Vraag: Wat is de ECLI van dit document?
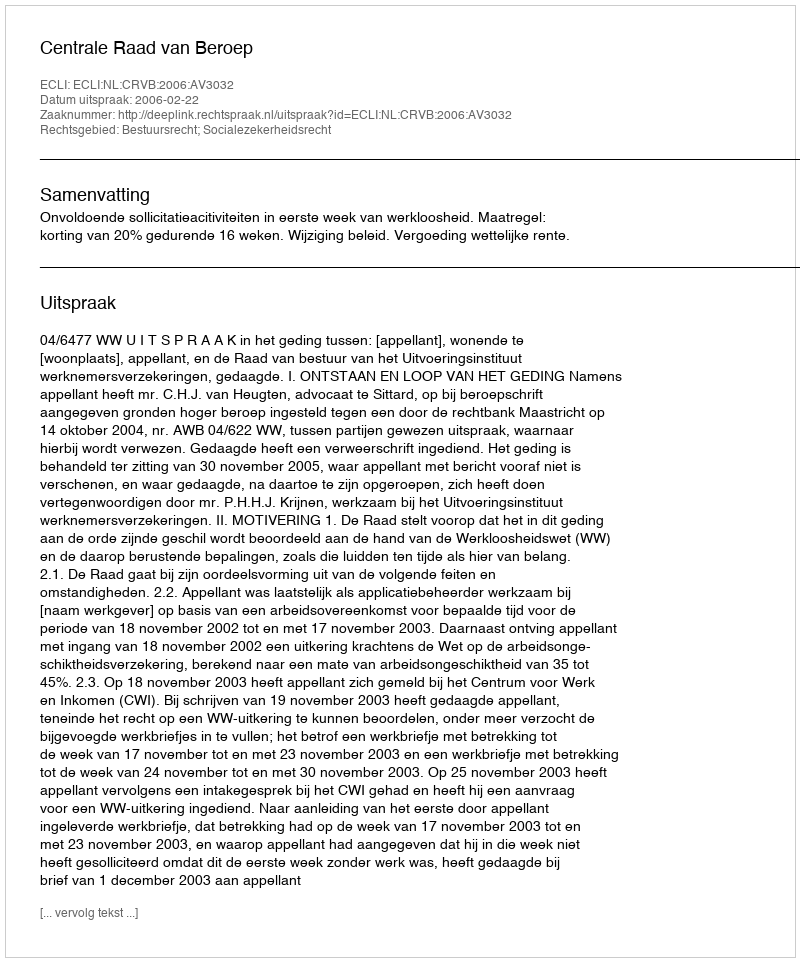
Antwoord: ECLI:NL:CRVB:2006:AV3032